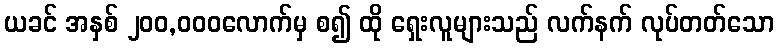
ယခင် အနှစ် ၂၀၀,၀၀၀လောက်မှ စ၍ ထို ရှေးလူများသည် လက်နက် လုပ်တတ်သော